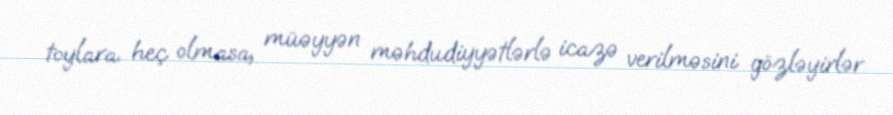
toylara heç olmasa, müəyyən məhdudiyyətlərlə icazə verilməsini gözləyirlər.